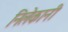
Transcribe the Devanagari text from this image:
निलेकानी